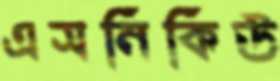
এসনিকিউ